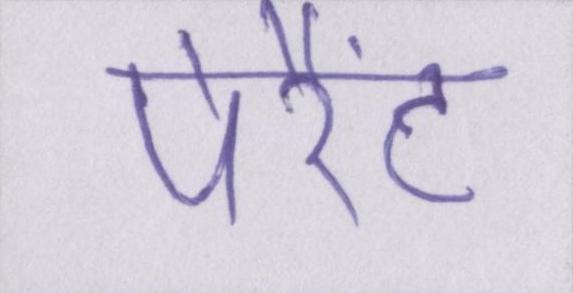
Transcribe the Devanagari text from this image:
पेरैंट